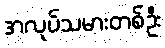
အလုပ်သမားတစ်ဦး